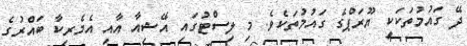
ދޭ ގައުމުތަކަކީ ޔޫރަޕްގެ ގައުމުތަކެވެ. މި ލިސްޓުގައި އޭޝިއާ އާއި އެމެރިކާ ބައްރުގެ